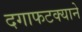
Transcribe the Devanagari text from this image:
दगाफटक्याने